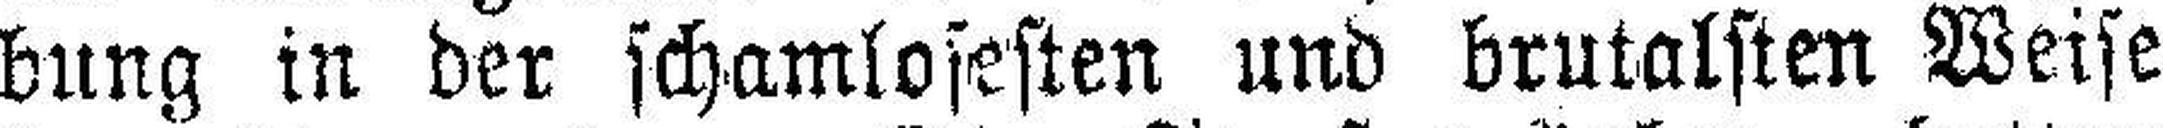
bung in der schamlosesten und brutalsten Weise